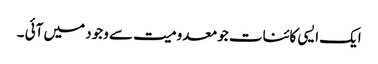
ایک ایسی کائنات جو معدومیت سے وجود میں آئی ۔